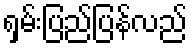
ရှမ်းပြည်ပြန်လည်